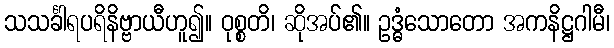
သသင်္ခါရပရိနိဗ္ဗာယီဟူ၍။ ဝုစ္စတိ၊ ဆိုအပ်၏။ ဥဒ္ဓံသောတော အကနိဋ္ဌဂါမီ၊